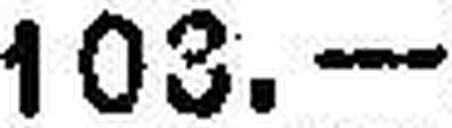
103.—